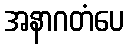
အနာဂတံပေ